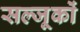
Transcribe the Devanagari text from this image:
सल्जूकों